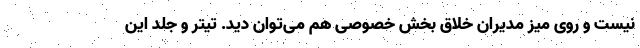
نیست و روی میز مدیران خلاق بخش خصوصی هم می‌توان دید. تیتر و جلد این